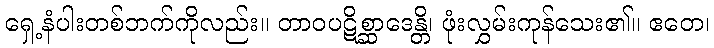
ရှေ့နံပါးတစ်ဘက်ကိုလည်း။ တာဝပဋိစ္ဆာဒေန္တိ၊ ဖုံးလွှမ်းကုန်သေး၏။ ဧတေ၊